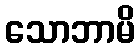
သောဘာမိ